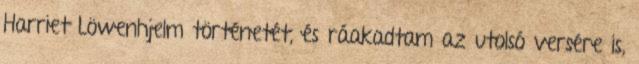
Harriet Löwenhjelm történetét, és ráakadtam az utolsó versére is,